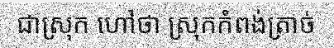
ជាស្រុក ហៅថា ស្រុកកំពង់ត្រាច់